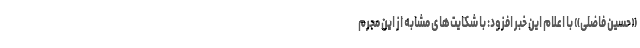
«حسین فاضلی» با اعلام این خبر افزود: با شکایت‌های مشابه از این مجرم